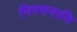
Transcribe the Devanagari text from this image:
निगमनानि